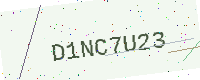
Text: D1NC7U23